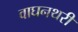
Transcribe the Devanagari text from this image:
वाघनथरी